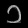
Digit: ၁